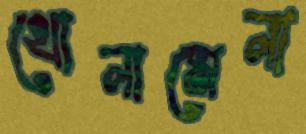
খোলামেলা